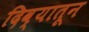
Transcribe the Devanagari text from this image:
दिव्यातून